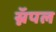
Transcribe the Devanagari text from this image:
स्नॅपल